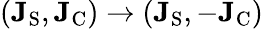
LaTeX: (\mathbf{J}_{\textrm{S}},\mathbf{J}_{\textrm{C}})\rightarrow(\mathbf{J}_{\textrm{S}},-\mathbf{J}_{\textrm{C}})